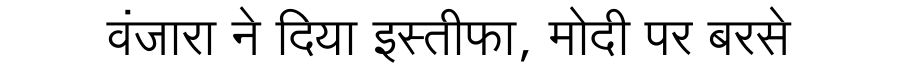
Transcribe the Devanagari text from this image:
वंजारा ने दिया इस्तीफा, मोदी पर बरसे